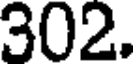
302.